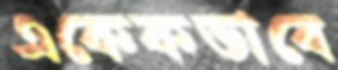
একেকভাবে